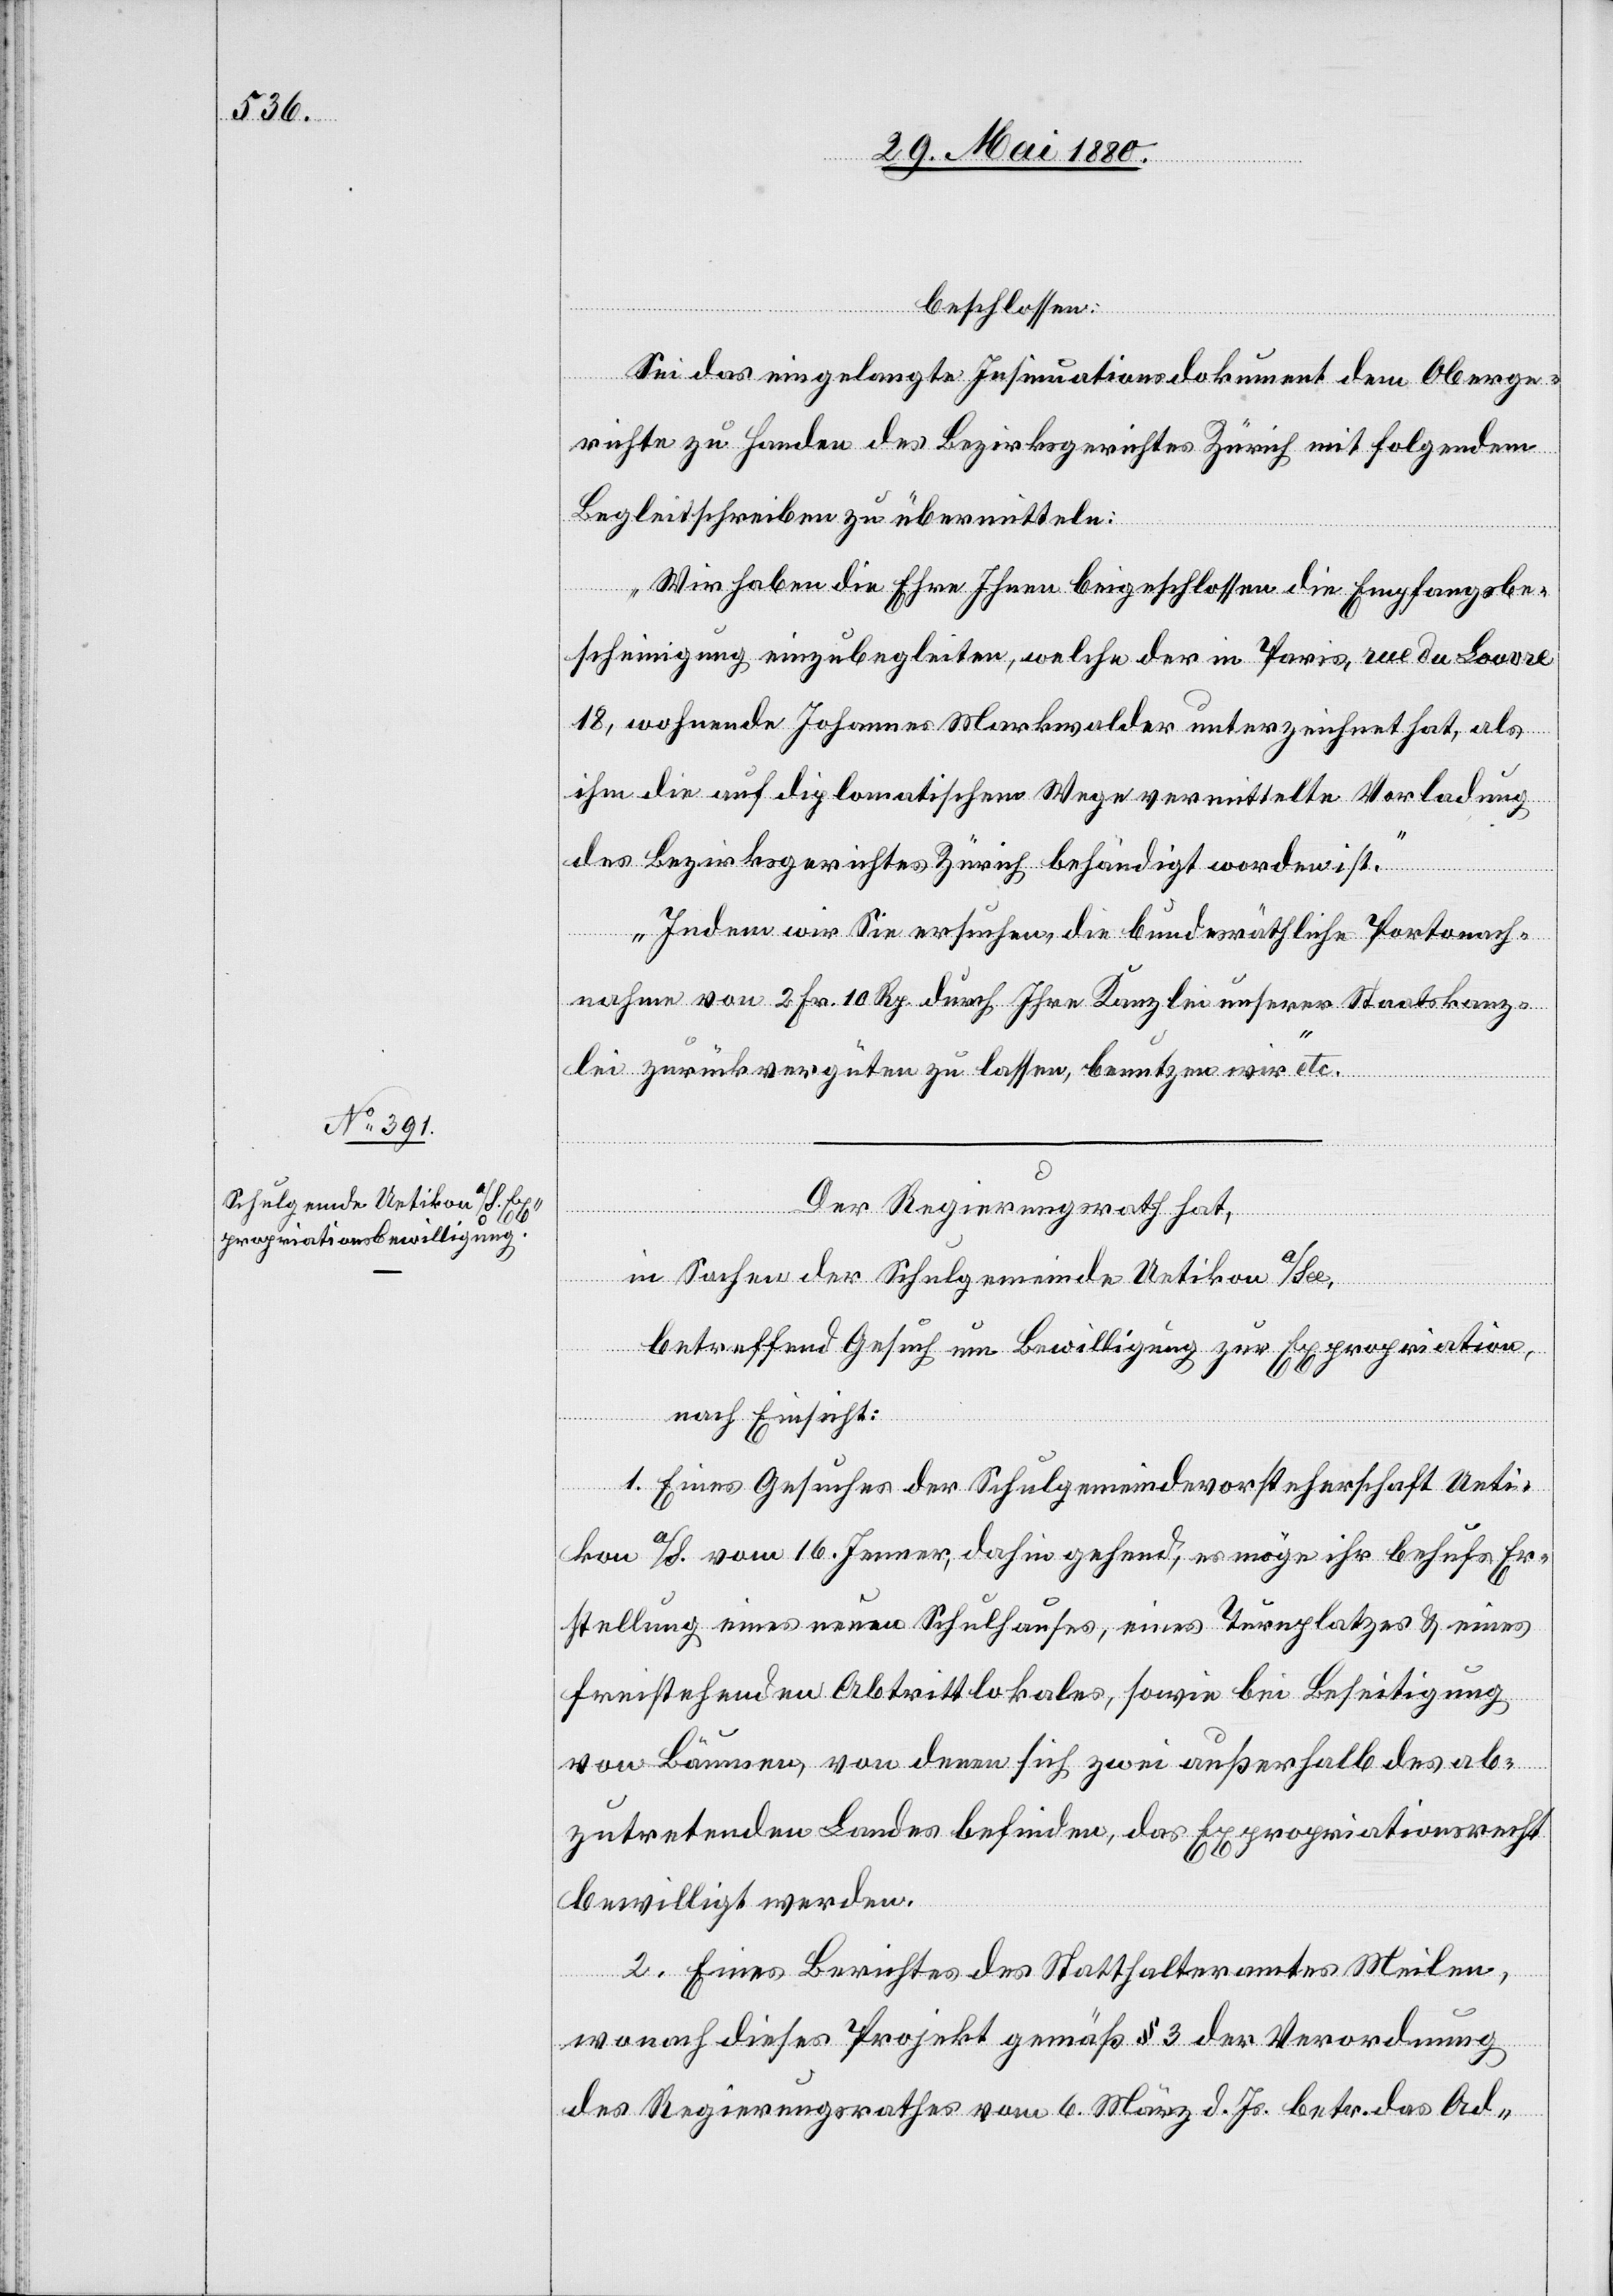
beschlossen:
Sei das eingelegte Insinuationsdokument dem Oberge¬
richte zu Handen des Bezirksgerichtes Zürich mit folgendem
Begleitschreiben zu übermitteln:
„Wir haben die Ehre Ihnen beigeschlossen die Empfangsbe¬
scheinigung einzubegleiten, welche der in Paris, rue de Louvre
18, wohnende Johannes Markwalder unterzeichnet hat, als
ihm die auf diplomatischem Wege vermittelte Vorladung
des Bezirksgerichtes Zürich behändigt worden ist.
Indem wir Sie ersuchen, die bundesräthliche Portonach¬
nahme von 2 Fr. 10 Rp. durch Ihre Kanzlei unserer Staatskanz¬
lei zurückvergüten zu lassen, benutzen wir“ etc.
Der Regierungsrath hat,
in Sachen der Schulgemeinde Uetikon a/See,
betreffend Gesuch um Bewilligung zur Expropriation,
nach Einsicht:
1. Eines Gesuches der Schulgemeindevorsteherschaft Ueti¬
kon a/S., vom 16. Jenner, dahin gehend, es möge ihr behufs Er¬
stellung eines neuen Schulhauses, eines Turnplatzes & eines
freistehenden Abtrittlokales, sowie bei Beseitigung
von Bäumen, von denen sich zwei außerhalb des ab¬
zutretenden Landes befinden, das Expropriationsrecht
bewilligt werden,
2. Eines Berichtes des Statthalteramtes Meilen,
wonach dieses Projekt gemäß § 3 der Verordnung
des Regierungsrathes vom 6. März d. Js. betr. das Ad-